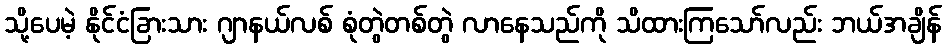
သို့ပေမဲ့ နိုင်ငံခြားသား ဂျာနယ်လစ် စုံတွဲတစ်တွဲ လာနေသည်ကို သိထားကြသော်လည်း ဘယ်အချိန်